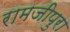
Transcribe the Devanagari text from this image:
रामजीपुरा